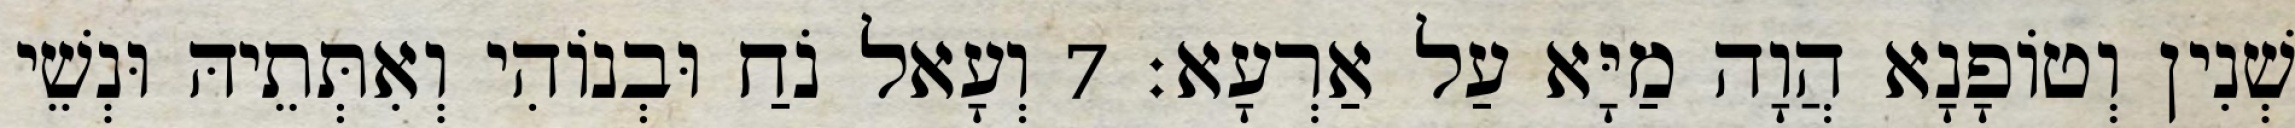
שְׁנִין וְטוֹפָנָא הֲוָה מַיָּא עַל אַרְעָא׃ 7 וְעָאל נֹחַ וּבְנוֹהִי וְאִתְּתֵיהּ וּנְשֵׁי